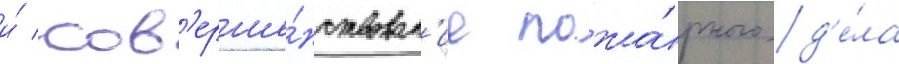
и́ сов'ерше́нствован'ие пожа́рного д'е́ла